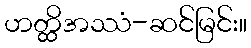
ဟတ္ထိအဿံ-ဆင်မြင်း။